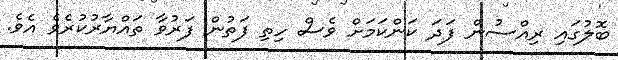
ބޮލުގައި ރިއްސުން ފަދަ ކަންކަމަށް ވެސް ހިތި ފަތުން ފަރުވާ ތައްޔާރުކުރެވެ އެވެ.